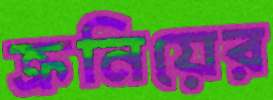
ক্রনিয়ের